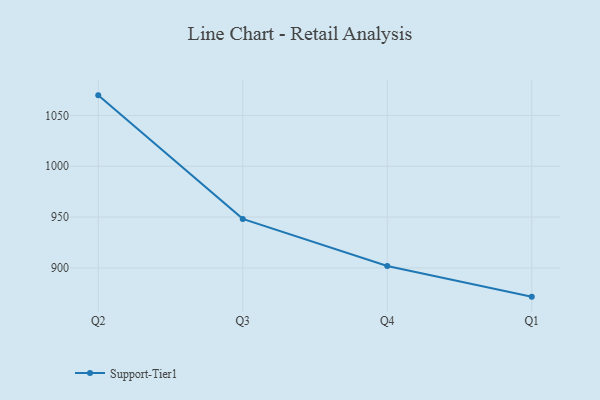
{"axis": {"x": "Quarter", "y": "Churn Rate (%)"}, "legend": ["Support-Tier1"], "data": [{"x": "Q2", "y": 1069.7, "type": "Support-Tier1"}, {"x": "Q3", "y": 948.2, "type": "Support-Tier1"}, {"x": "Q4", "y": 901.9, "type": "Support-Tier1"}, {"x": "Q1", "y": 871.7, "type": "Support-Tier1"}]}